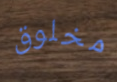
مخلوق